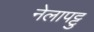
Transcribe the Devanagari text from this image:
नेलापट्टु